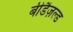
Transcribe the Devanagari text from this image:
बीडैज़ल्ड